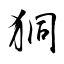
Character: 狪